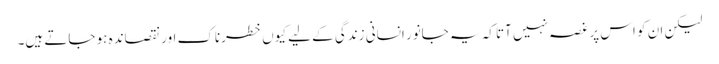
لیکن ان کو اس پر غصہ نہیں آتا کہ یہ جانور انسانی زندگی کے لیے کیوں خطرناک اور نقصاندہ ہو جاتے ہیں۔